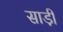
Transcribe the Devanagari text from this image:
साडी़